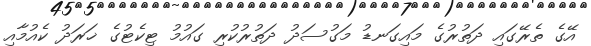
އޭގެ ތެރޭގައި ދަތުރުގެ މައިގަނޑު މަގުސަދު ދަތުރުކުރި ގައުމު ޓިކެޓުގެ ޚަރަދު ކެއުމާއި